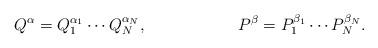
LaTeX: \begin{align*}Q^\alpha &=Q_1^{\alpha_1}\cdots Q_N^{\alpha_N}, &P^\beta &=P_1^{\beta_1}\cdots P_N^{\beta_N}.\end{align*}